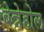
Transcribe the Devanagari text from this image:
बेन्नेहोल